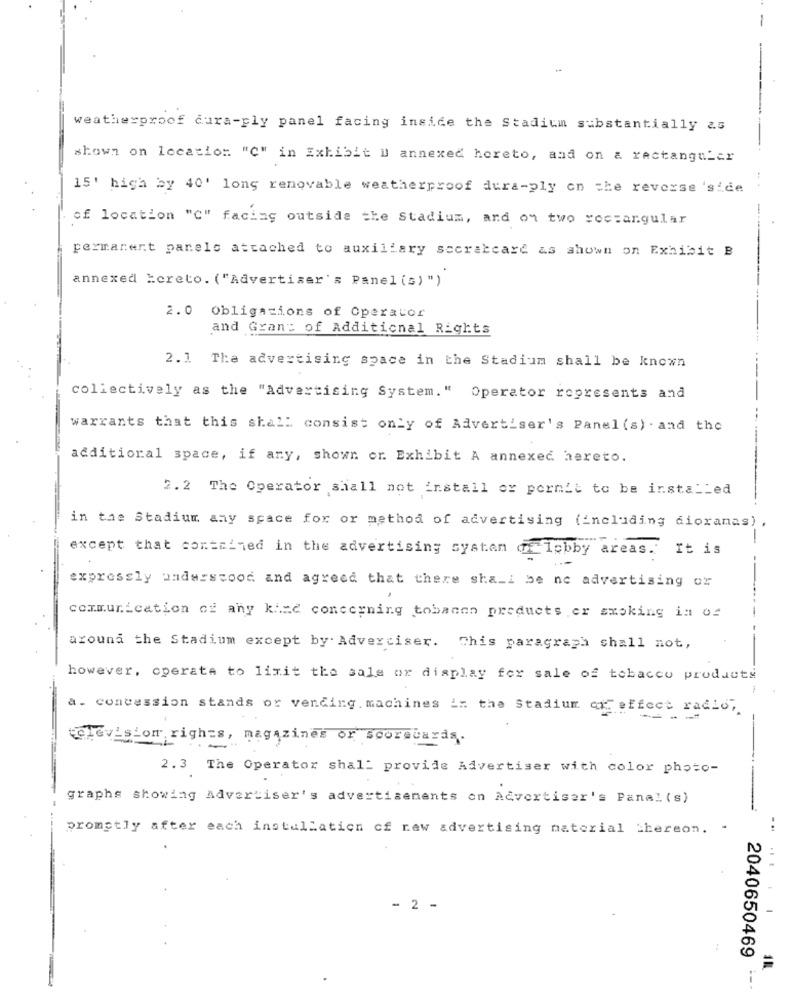
-
weatherproof cura-ply panel facing inside the Stadium substantially as
shown on location "C" in Exhibit I annexed hereto, and on & rectangular
15' high by 40' long renovable weatherproof dura-ply on the reverse 'side
of location "C" facing outside the Stadium, and on two rectangular
permanent panels attached to auxillary sccraccare as shown on Exhibit B
annexed Hereto. ("Advertiser's Panel (s) ")
2.0
Obligations of Operator
and Grant of Additional Rights
2.1 The advertising space in the Stadium shall be known
collectively as the "Advertising System. "
Operator represents and
warrants that this shall consist only of Advertiser's Panel (s) . and the
additional space, if any, shown or. Exhibit A annexed hereto.
2.2 The Operator shall not install or pormit to be installed
in the Stadium any space for or method of advertising (including dioramas)
--
except that contained in the advertising system of lobby areas."
It is
---
expressly understood and agreed that there sha_i be ne advertising or
communication of any kind concerning tobanen products er smoking in of
around the Stadium except by Advertiser. This paragraph shall not,
however, operate to limit the sale or display for sale of tobacco products
-
a. concession stands or vending machines in the Stadium en affect radio,
television rights, magazines or scorecards.
2.3 The Operator shall provide Advertiser with color photo-
graphs showing Advertiser's advertisements on Advertiser's Panal (s)
promptly after each installation of new advertising material thereon. .
...
- 2 -
2040650469